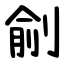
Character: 㓱